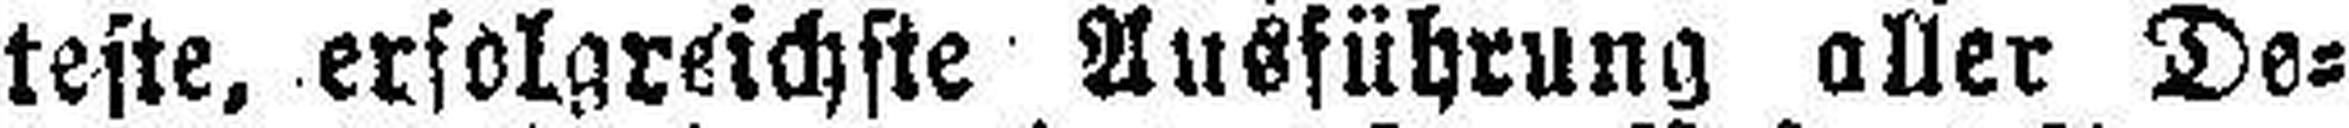
teste, erfolgreichste Ausführung aller De¬